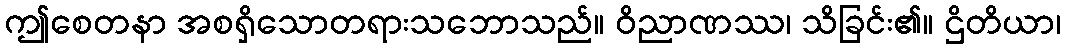
ဤစေတနာ အစရှိသောတရားသဘောသည်။ ဝိညာဏဿ၊ သိခြင်း၏။ ဌိတိယာ၊